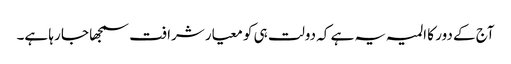
آج کے دور کا المیہ یہ ہے کہ دولت ہی کو معیار شرافت سمجھا جا رہا ہے۔